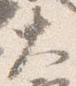
大